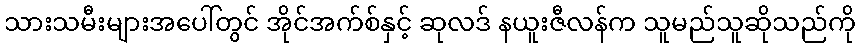
သားသမီးများအပေါ်တွင် အိုင်အက်စ်နှင့် ဆုလဒ် နယူးဇီလန်က သူမည်သူဆိုသည်ကို